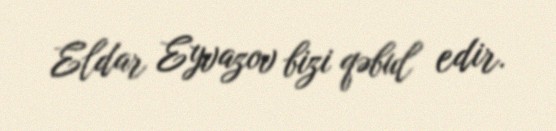
Eldar Eyvazov bizi qəbul edir.